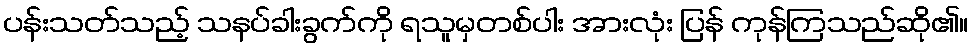
ပန်းသတ်သည့် သနပ်ခါးခွက်ကို ရသူမှတစ်ပါး အားလုံး ပြန် ကုန်ကြသည်ဆို၏။